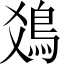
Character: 𩾾